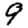
Digit: 9